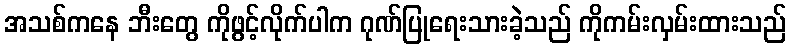
အသစ်ကနေ ဘီးတွေ ကိုဖွင့်လိုက်ပါက ဂုဏ်ပြုရေးသားခဲ့သည် ကိုကမ်းလှမ်းထားသည်